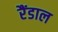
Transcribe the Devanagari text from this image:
रैंडाल